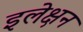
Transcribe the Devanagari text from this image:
इलेक्षन